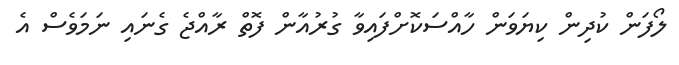
ލޯފަން ކުދިން ކިޔަވަން ހާއްސަކޮށްފައިވާ ގުރުއާން ފޮތް ރާއްޖެ ގެނައި ނަމަވެސް އެ